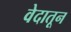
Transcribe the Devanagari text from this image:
वेदातून